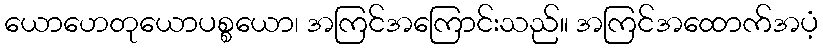
ယောဟေတုယောပစ္စယော၊ အကြင်အကြောင်းသည်။ အကြင်အထောက်အပံ့